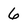
Character: 6